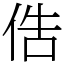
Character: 俈